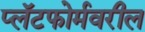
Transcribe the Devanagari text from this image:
प्लॅटफोर्मवरील